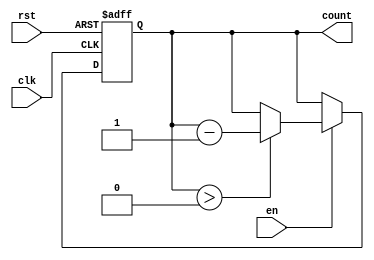
module MemoryBlocksDownCounter (
    input wire clk,        // Clock signal
    input wire rst,        // Asynchronous reset signal
    input wire en,         // Enable signal
    output reg [7:0] count // Current count value (8-bit wide)
);

    // Define the maximum count value
    parameter MAX_COUNT = 8'hFF; // Example maximum value (255)

    // Initial value of count
    initial begin
        count = MAX_COUNT; // Set initial count to maximum value
    end

    // Always block triggered on the rising edge of the clock
    always @(posedge clk or posedge rst) begin
        if (rst) begin
            count <= MAX_COUNT; // Reset count to maximum value
        end else if (en) begin
            if (count > 0) begin
                count <= count - 1; // Decrement count if greater than zero
            end
            // If count is already zero, it remains zero
        end
        // If enable is low, count retains its value
    end

endmodule